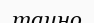
таино